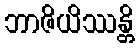
ဘာဇိယိဿန္တိ